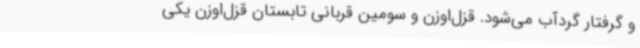
و گرفتار گردآب می‌شود. قزل‌اوزن و سومین قربانی تابستان قزل‌اوزن یکی